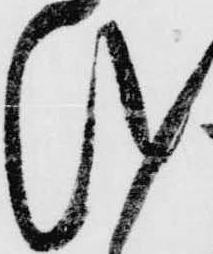
越